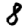
Digit: 8